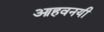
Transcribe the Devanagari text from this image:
आहवनयी